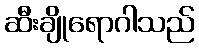
ဆီးချိုရောဂါသည်